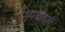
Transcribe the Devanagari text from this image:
छायाबल